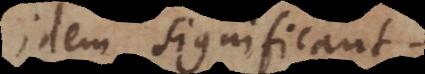
idem significant.